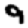
Digit: 9